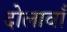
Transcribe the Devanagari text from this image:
दोलावाँ